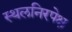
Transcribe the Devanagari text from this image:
स्थलनिरपेक्ष